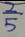
\frac { 2 } { 5 }